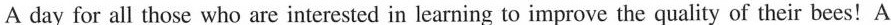
A day for all those who are interested in leaning to improve the quality of their bees!A